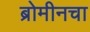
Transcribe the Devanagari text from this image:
ब्रोमीनचा